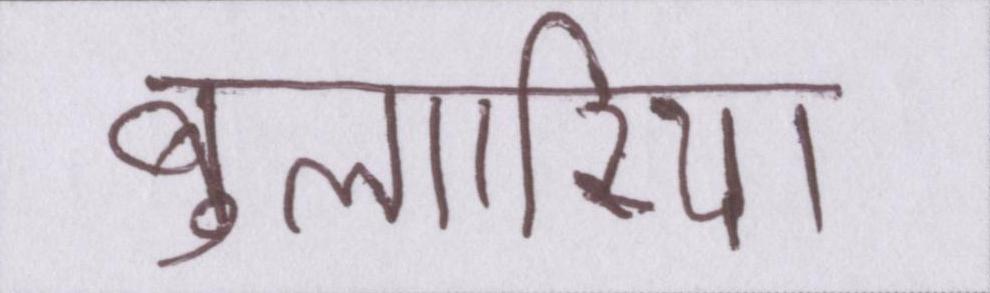
बुल्गारिया